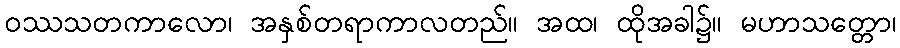
ဝဿသတကာလော၊ အနှစ်တရာကာလတည်။ အထ၊ ထိုအခါ၌။ မဟာသတ္တော၊